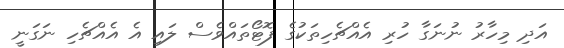
އަދި މިހާރު ނުނަގާ ހުރި އެއްޗެހިތަކުގެ ފޮޓޯތައްވެސް ލައި އެ އެއްޗެހި ނަގަނީ